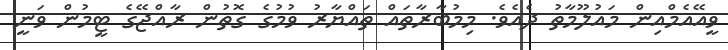
ވީއޭއެމްއިން މައުލޫމާތު ދެއެވެ. މިމުބާރާތައް ތައްޔާރު ވުމުގެ ގޮތުން ރާއްޖޭގެ ޓީމުން ވަނީ